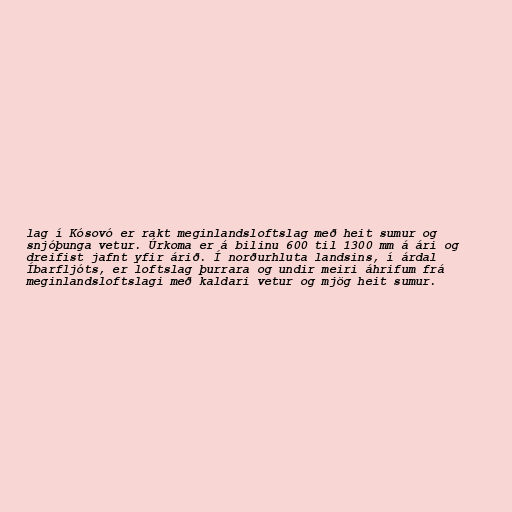
lag í Kósovó er rakt meginlandsloftslag með heit sumur og
snjóþunga vetur. Úrkoma er á bilinu 600 til 1300 mm á ári og
dreifist jafnt yfir árið. Í norðurhluta landsins, í árdal
Íbarfljóts, er loftslag þurrara og undir meiri áhrifum frá
meginlandsloftslagi með kaldari vetur og mjög heit sumur.